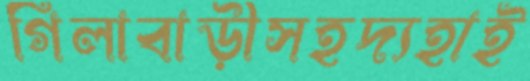
গিলাবাড়ীসহদ্যহাই